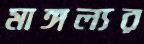
মাঙ্গল্যর